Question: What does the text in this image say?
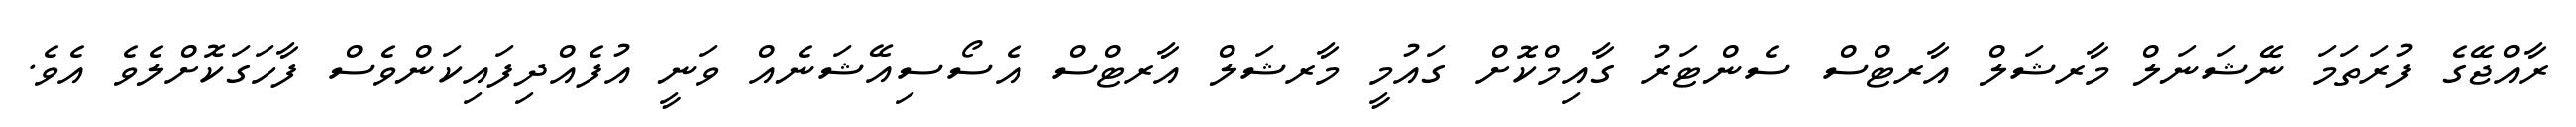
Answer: ރާއްޖޭގެ ފުރަތަމަ ނޭޝަނަލް މާރޝަލް އާރޓްސް ސެންޓަރު ގާއިމްކޮށް ގައުމީ މާރޝަލް އާރޓްސް އެސޯސިއޭޝަނެއް ވަނީ އުފެއްދިފައިކަންވެސް ފާހަގަކޮށްލެވެ އެވެ.